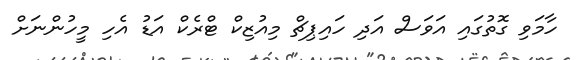
ހާމަވި ގޮތުގައި އަވަސް އަދި ހައިޕިޗް މިއުޒިކް ޓްރެކް އަޑު އެހި މީހުންނަށް